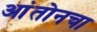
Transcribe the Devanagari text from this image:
आंतोनचा